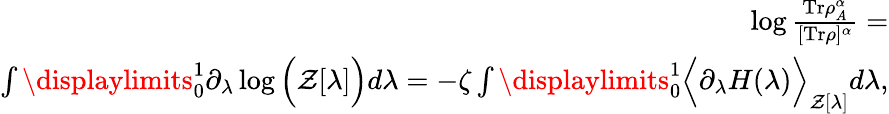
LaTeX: \begin{array}{r}{\log\frac{\mathrm{Tr}\rho_{A}^{\alpha}}{[\mathrm{Tr}\rho]^{\alpha}}=}\\ {\int\displaylimits_{0}^{1}\partial_{\lambda}\log\Big(\mathcal{Z}[\lambda]\Big)d\lambda=-\zeta\int\displaylimits_{0}^{1}\Big\langle\partial_{\lambda}H(\lambda)\Big\rangle_{\mathcal{Z}[\lambda]}d\lambda,}\end{array}